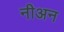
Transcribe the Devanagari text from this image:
नीअन